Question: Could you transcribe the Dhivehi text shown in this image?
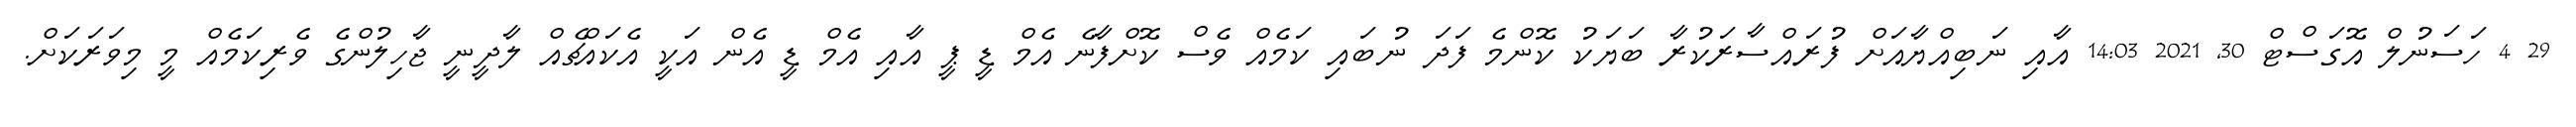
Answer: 29 4 ހަސަނުލް އޮގަސްޓް 30, 2021 14:03 އާއި ނަބިއްޔާއަށް ފުރައްސާރަކުރާ ބަޔަކު ކޮންމެ ފަދަ ނުބައި ކަމެއް ވެސް ކޮށްފާނެ އެމް ޑީ ޕީ އާއި އެމް ޑީ އެން އަކީ އެކައްޗެއް ލާދީނީ ޖާހިލުންގެ ވެރިކަމެއް މީ މިވަރަކަށް.